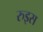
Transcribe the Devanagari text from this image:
रुइस